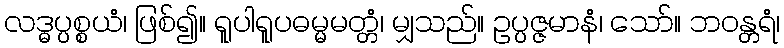
လဒ္ဓပ္ပစ္စယံ၊ ဖြစ်၍။ ရူပါရူပဓမ္မမတ္တံ၊ မျှသည်။ ဥပ္ပဇ္ဇမာနံ၊ သော်။ ဘဝန္တရံ၊